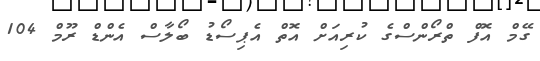
ގޭމް އޮފް ތްރޯންސްގެ ކުރިއަށް އޮތް އެޕިސޯޑު ބޯލާސް އެންޑް ރޫމް 104